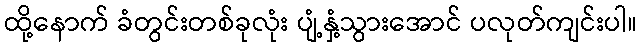
ထို့နောက် ခံတွင်းတစ်ခုလုံး ပျံ့နှံ့သွားအောင် ပလုတ်ကျင်းပါ။